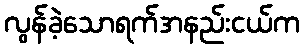
လွန်ခဲ့သောရက်အနည်းငယ်က